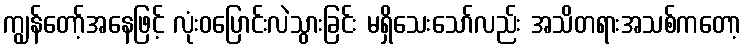
ကျွန်တော့်အနေဖြင့် လုံးဝပြောင်းလဲသွားခြင်း မရှိသေးသော်လည်း အသိတရားအသစ်ကတော့